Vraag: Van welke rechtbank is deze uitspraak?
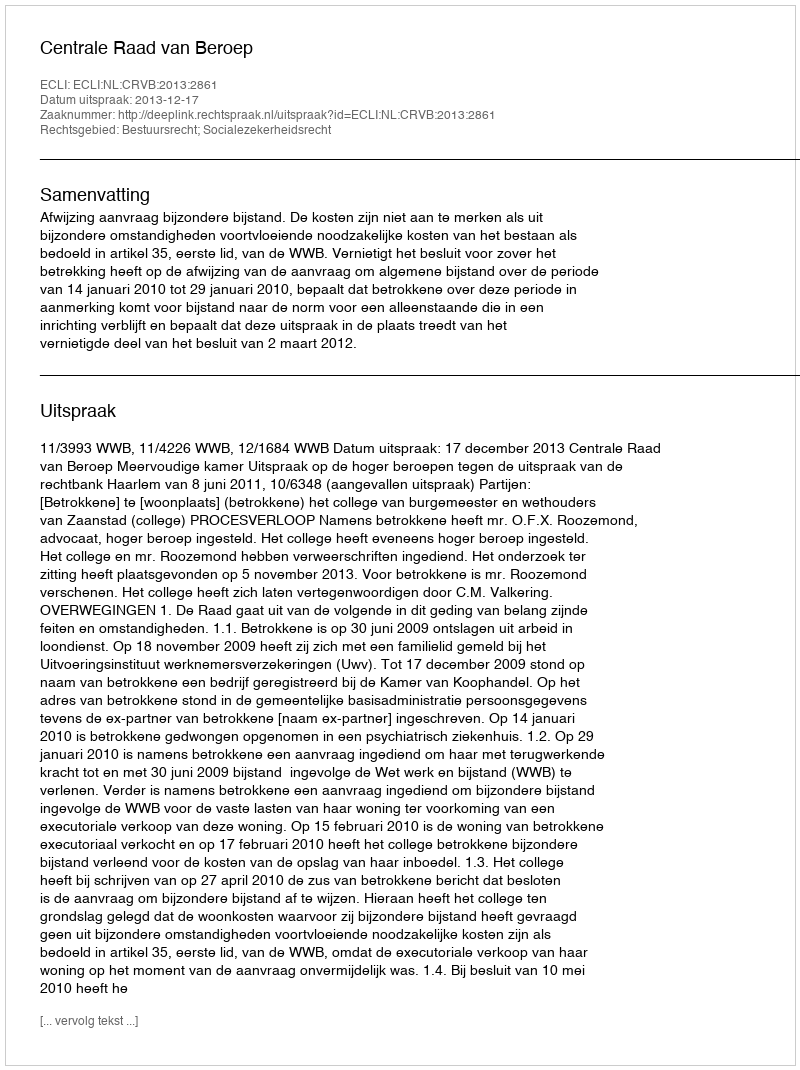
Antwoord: Centrale Raad van Beroep